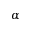
\alpha